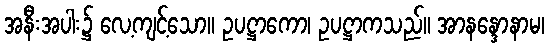
အနီးအပါး၌ လေ့ကျင့်သော။ ဥပဋ္ဌာကော၊ ဥပဋ္ဌာကသည်။ အာနန္ဒောနာမ၊